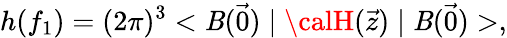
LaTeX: h(f_{1})=(2\pi)^{3}<\mathit{B}(\vec{{0}})\mid{\calH}(\vec{{z}})\mid\mathit{B}(\vec{{0}})>,